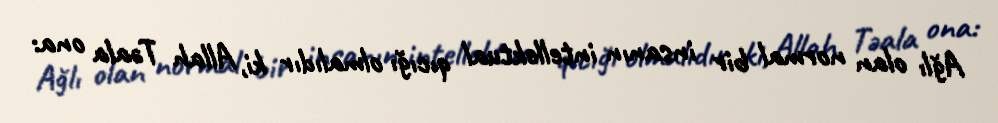
Ağlı olan normal bir insanın intellektual qıcığı olmalıdır ki, Allah Təala ona: